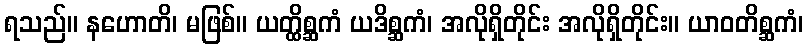
ရသည်။ နဟောတိ၊ မဖြစ်။ ယတ္ထိစ္ဆကံ ယဒိစ္ဆကံ၊ အလိုရှိတိုင်း အလိုရှိတိုင်း။ ယာဝတိစ္ဆကံ၊